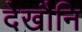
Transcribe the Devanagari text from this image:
देखौनि